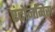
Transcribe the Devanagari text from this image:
एंटोनमिस